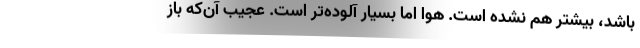
باشد، بیشتر هم نشده است. هوا اما بسیار آلوده‌تر است. عجیب آن‌که باز